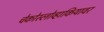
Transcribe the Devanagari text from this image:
चेकोस्लोव्हाकियावर